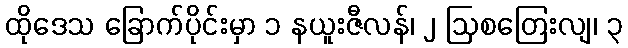
ထိုဒေသ ခြောက်ပိုင်းမှာ ၁ နယူးဇီလန်၊ ၂ ဩစတြေးလျ၊ ၃